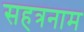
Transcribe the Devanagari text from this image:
सहत्रनाम